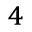
^ 4